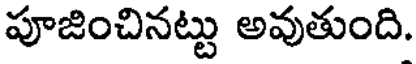
పూజించినట్టు అవుతుంది.